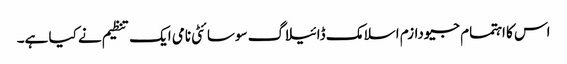
اس کا اہتمام جیودازم اسلامک ڈائیلاگ سوسائٹی نامی ایک تنظیم نے کیا ہے۔